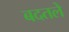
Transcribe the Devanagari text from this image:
बदतले